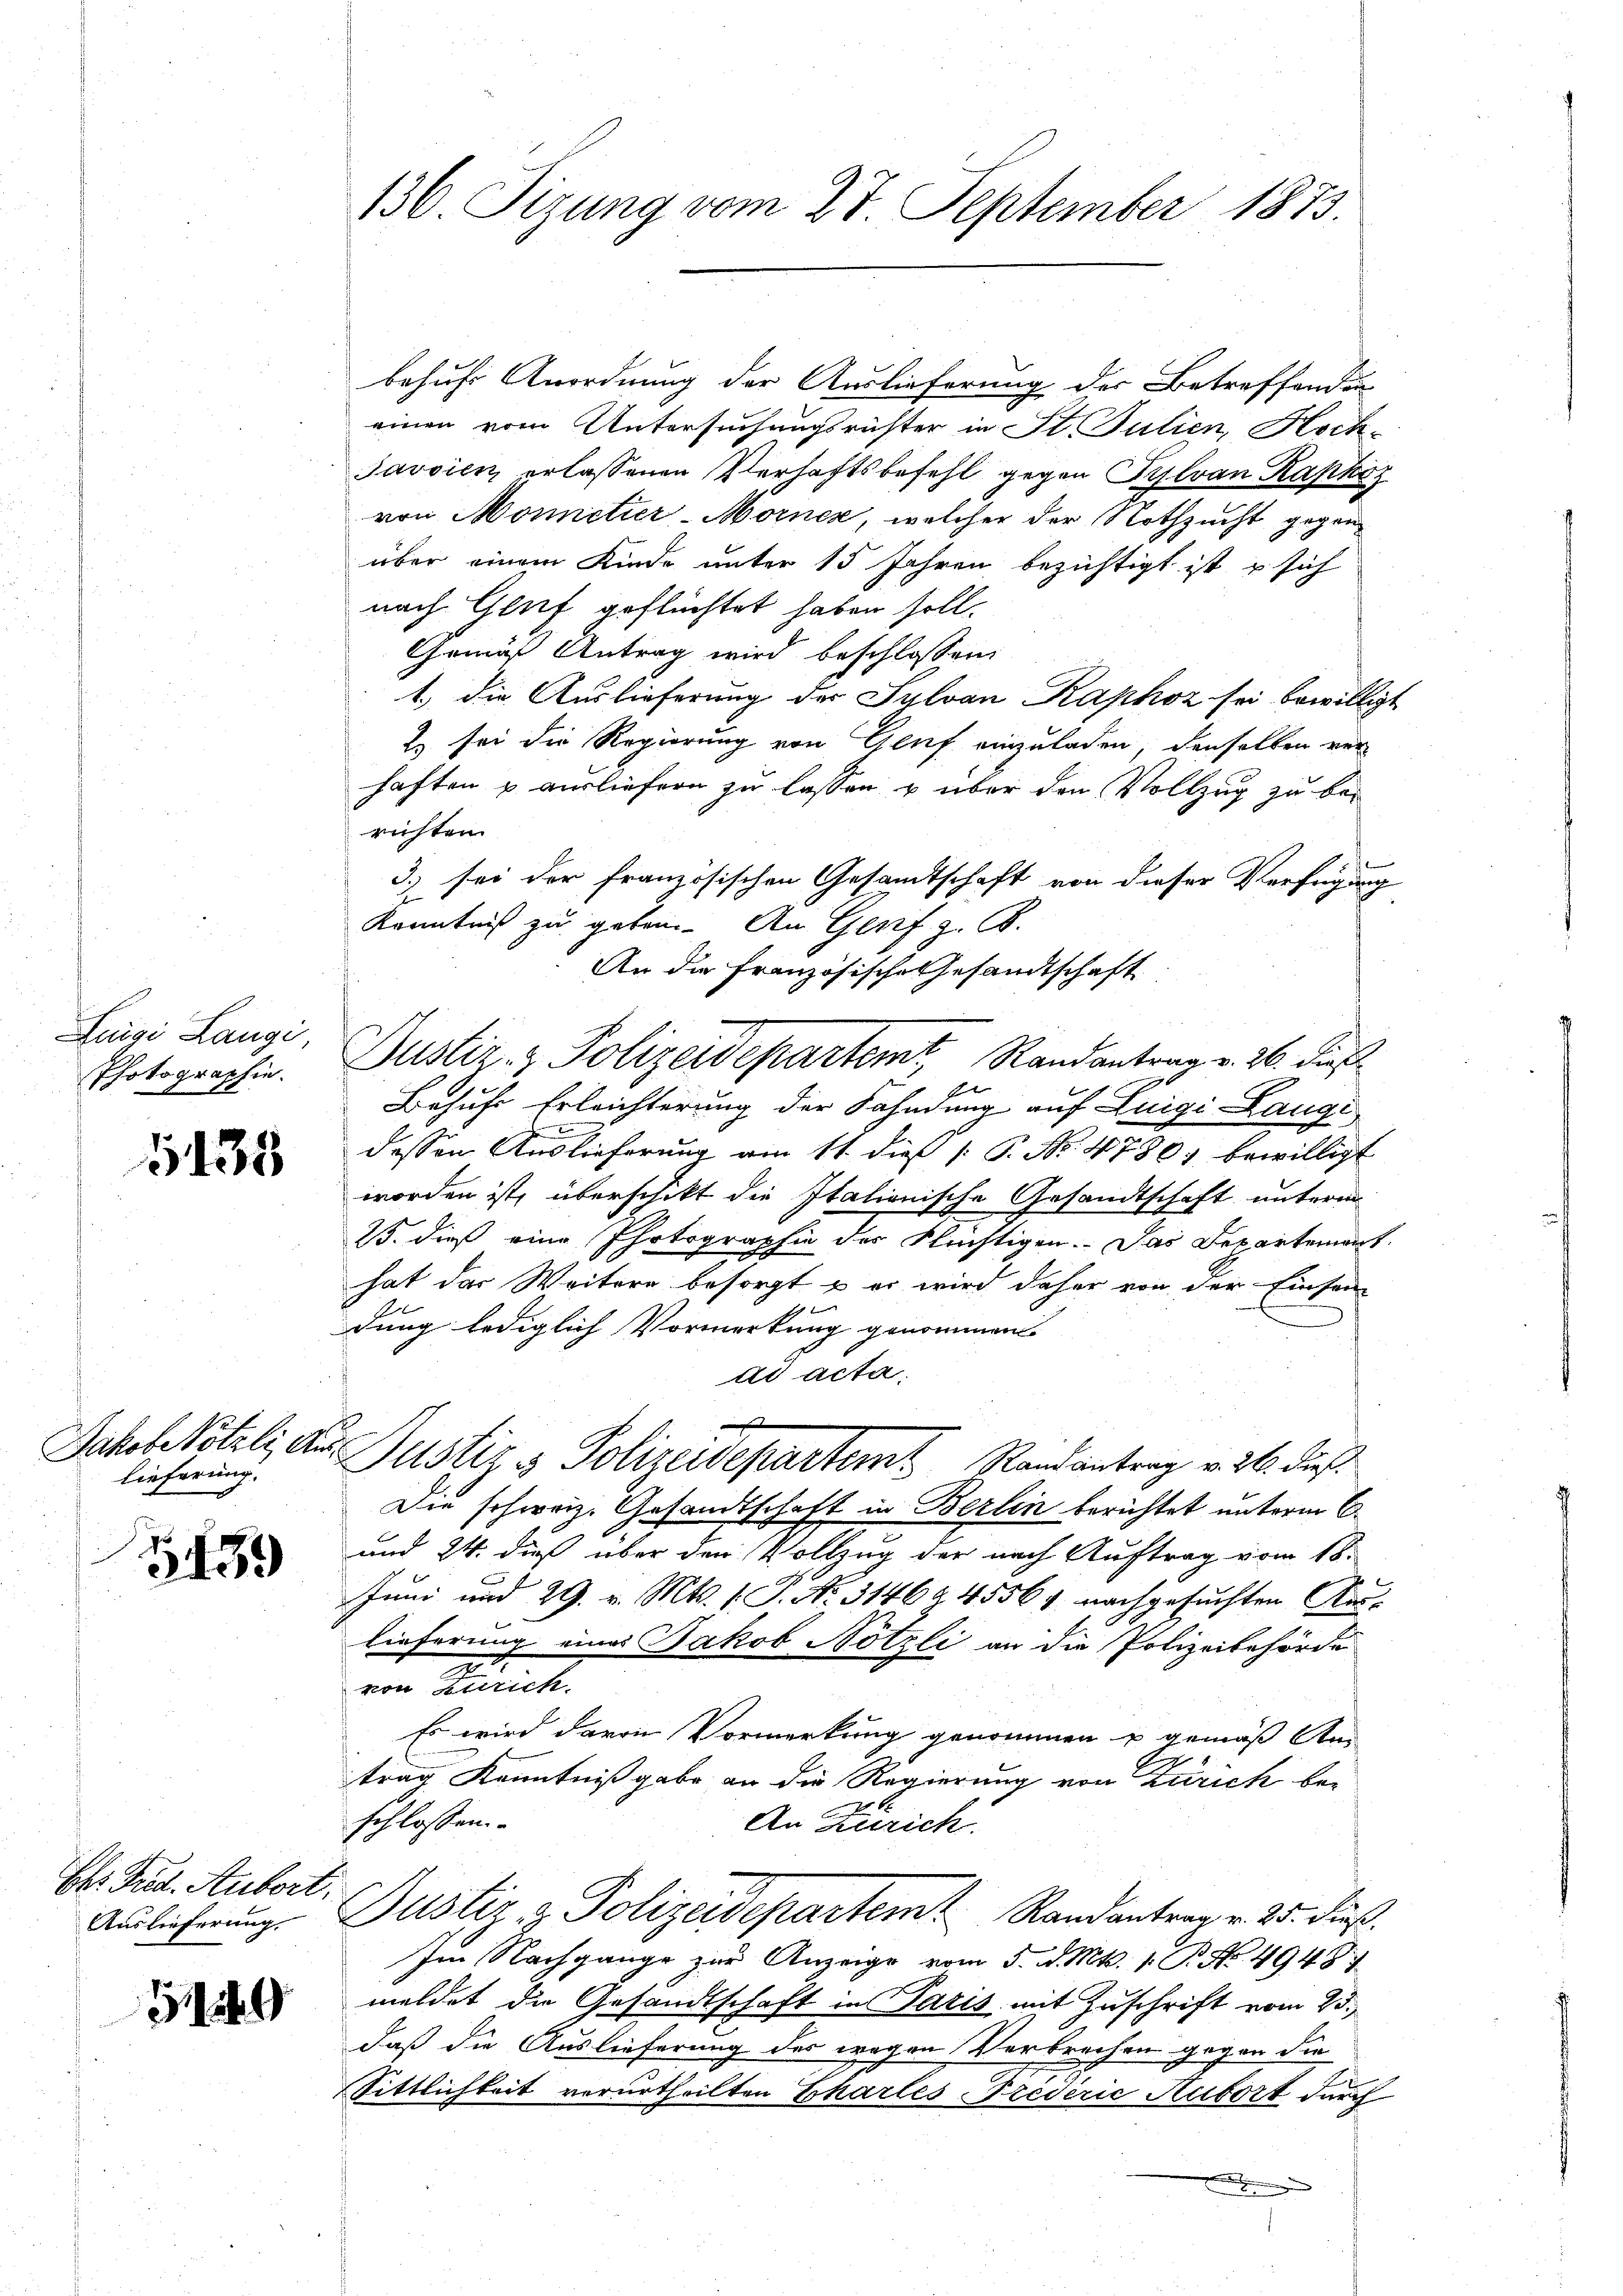
Luigi Langi
Photographie.

1138

Jakob Nötzli, An
lieferung.

489

El. Frd. Aubort.
Auslieferung.

5449

136. Sizung vom 27. September 1873

behufs Anordnung der Auslieferung der Betreffenden
einen vom Untersuchungsrichter in St. Julien, Hoch¬
Javsien erlassenen Verhaftsbefehl gegen Pylvan Kapkos
von Monnetier-Morner, welcher der Nothzucht gegen
über einem Kinde unter 15 Jahren bezichtigt ist, u sich
nach Glif geflüchtet haben soll.
Gemäß Antrag wird beschlossen:
1., die Auslieferung der Sylvan Kaphoz sei bewillig
E sei die Regierung von Genf einzuladen, denselben ver-
haften u ausliefern zu lassen u über den Vollzug zu berichten
3.) sei der französischen Gesandtschaft von dieser Verfügung
Kenntnis zu geben. An Genf z. B.
An die Französische Gesandtschaft
Behufe Erleichterung der Fahndung auf Luigi Langi
h
dessen Auslieferung am 11. dieß (: P. Nr. 4786) bewilligt
worden ist, überschikt die Italionische Gesandtschaft unterm
15. dieß eine Photographie des Flüchtigen. Das Departement
hat der Weitere besorgt u es wird daher von der Einsam
dung lediglich Vormerkung genommen
ad acta.
a Justiz & Polizeidepartem Randantrag v. 26. dieß
Die schweiz. Gesandtschaft in Berlin berichtet unterm 6.
und 24. dieß über den Vollzug der nach Auftrag vom 18.
Juni und 29. v. Mts. 1. P. Nr. 31462 45561 nachgesuchten Auslieferung eines Jakob Nötzli an die Polizeibehörde
von Zürich.
Es wird davon Vormerkung genommen u gemäß An
trag Kenntnißgabe an die Regierung von Zürich be-
schlossen.
An Zürich.
Justiz- & Polizeidepartem Randantern v. 25. Fuß.
Im Nachgange zur Anzeige vom 5. d. Mts. 1. P. No. 4948
meldet die Gesandtschaft in Paris mit Zuschrift vom 23.
daß die Auslieferung der wegen Verbrechen gegen die
Sittlichkeit verurtheilten Chartes Frederić Aubort durch
.

Justiz- & Polizeidepartemt, Randantrag v. 26. dieß